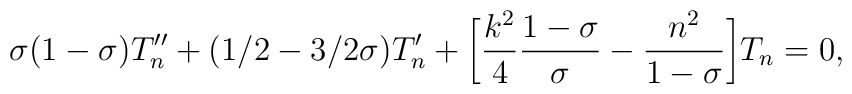
\sigma(1-\sigma) T_n ''  + (1/2 - 3/2 \sigma) T_n ' + \biggl[\frac{k^2}{4}\frac{1-\sigma}{\sigma} - \frac{n^2}{1-\sigma} \biggr] T_n =0 ,